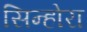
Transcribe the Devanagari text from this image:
सिन्होरा